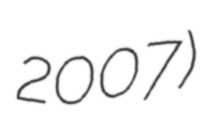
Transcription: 2007)